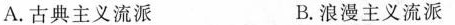
A.古典主义流派 B.浪漫主义流派